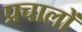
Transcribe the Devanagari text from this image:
प्रचालों